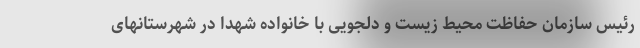
رئیس سازمان حفاظت محیط زیست و دلجویی با خانواده شهدا در شهرستانهای